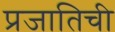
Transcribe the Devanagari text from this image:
प्रजातिची